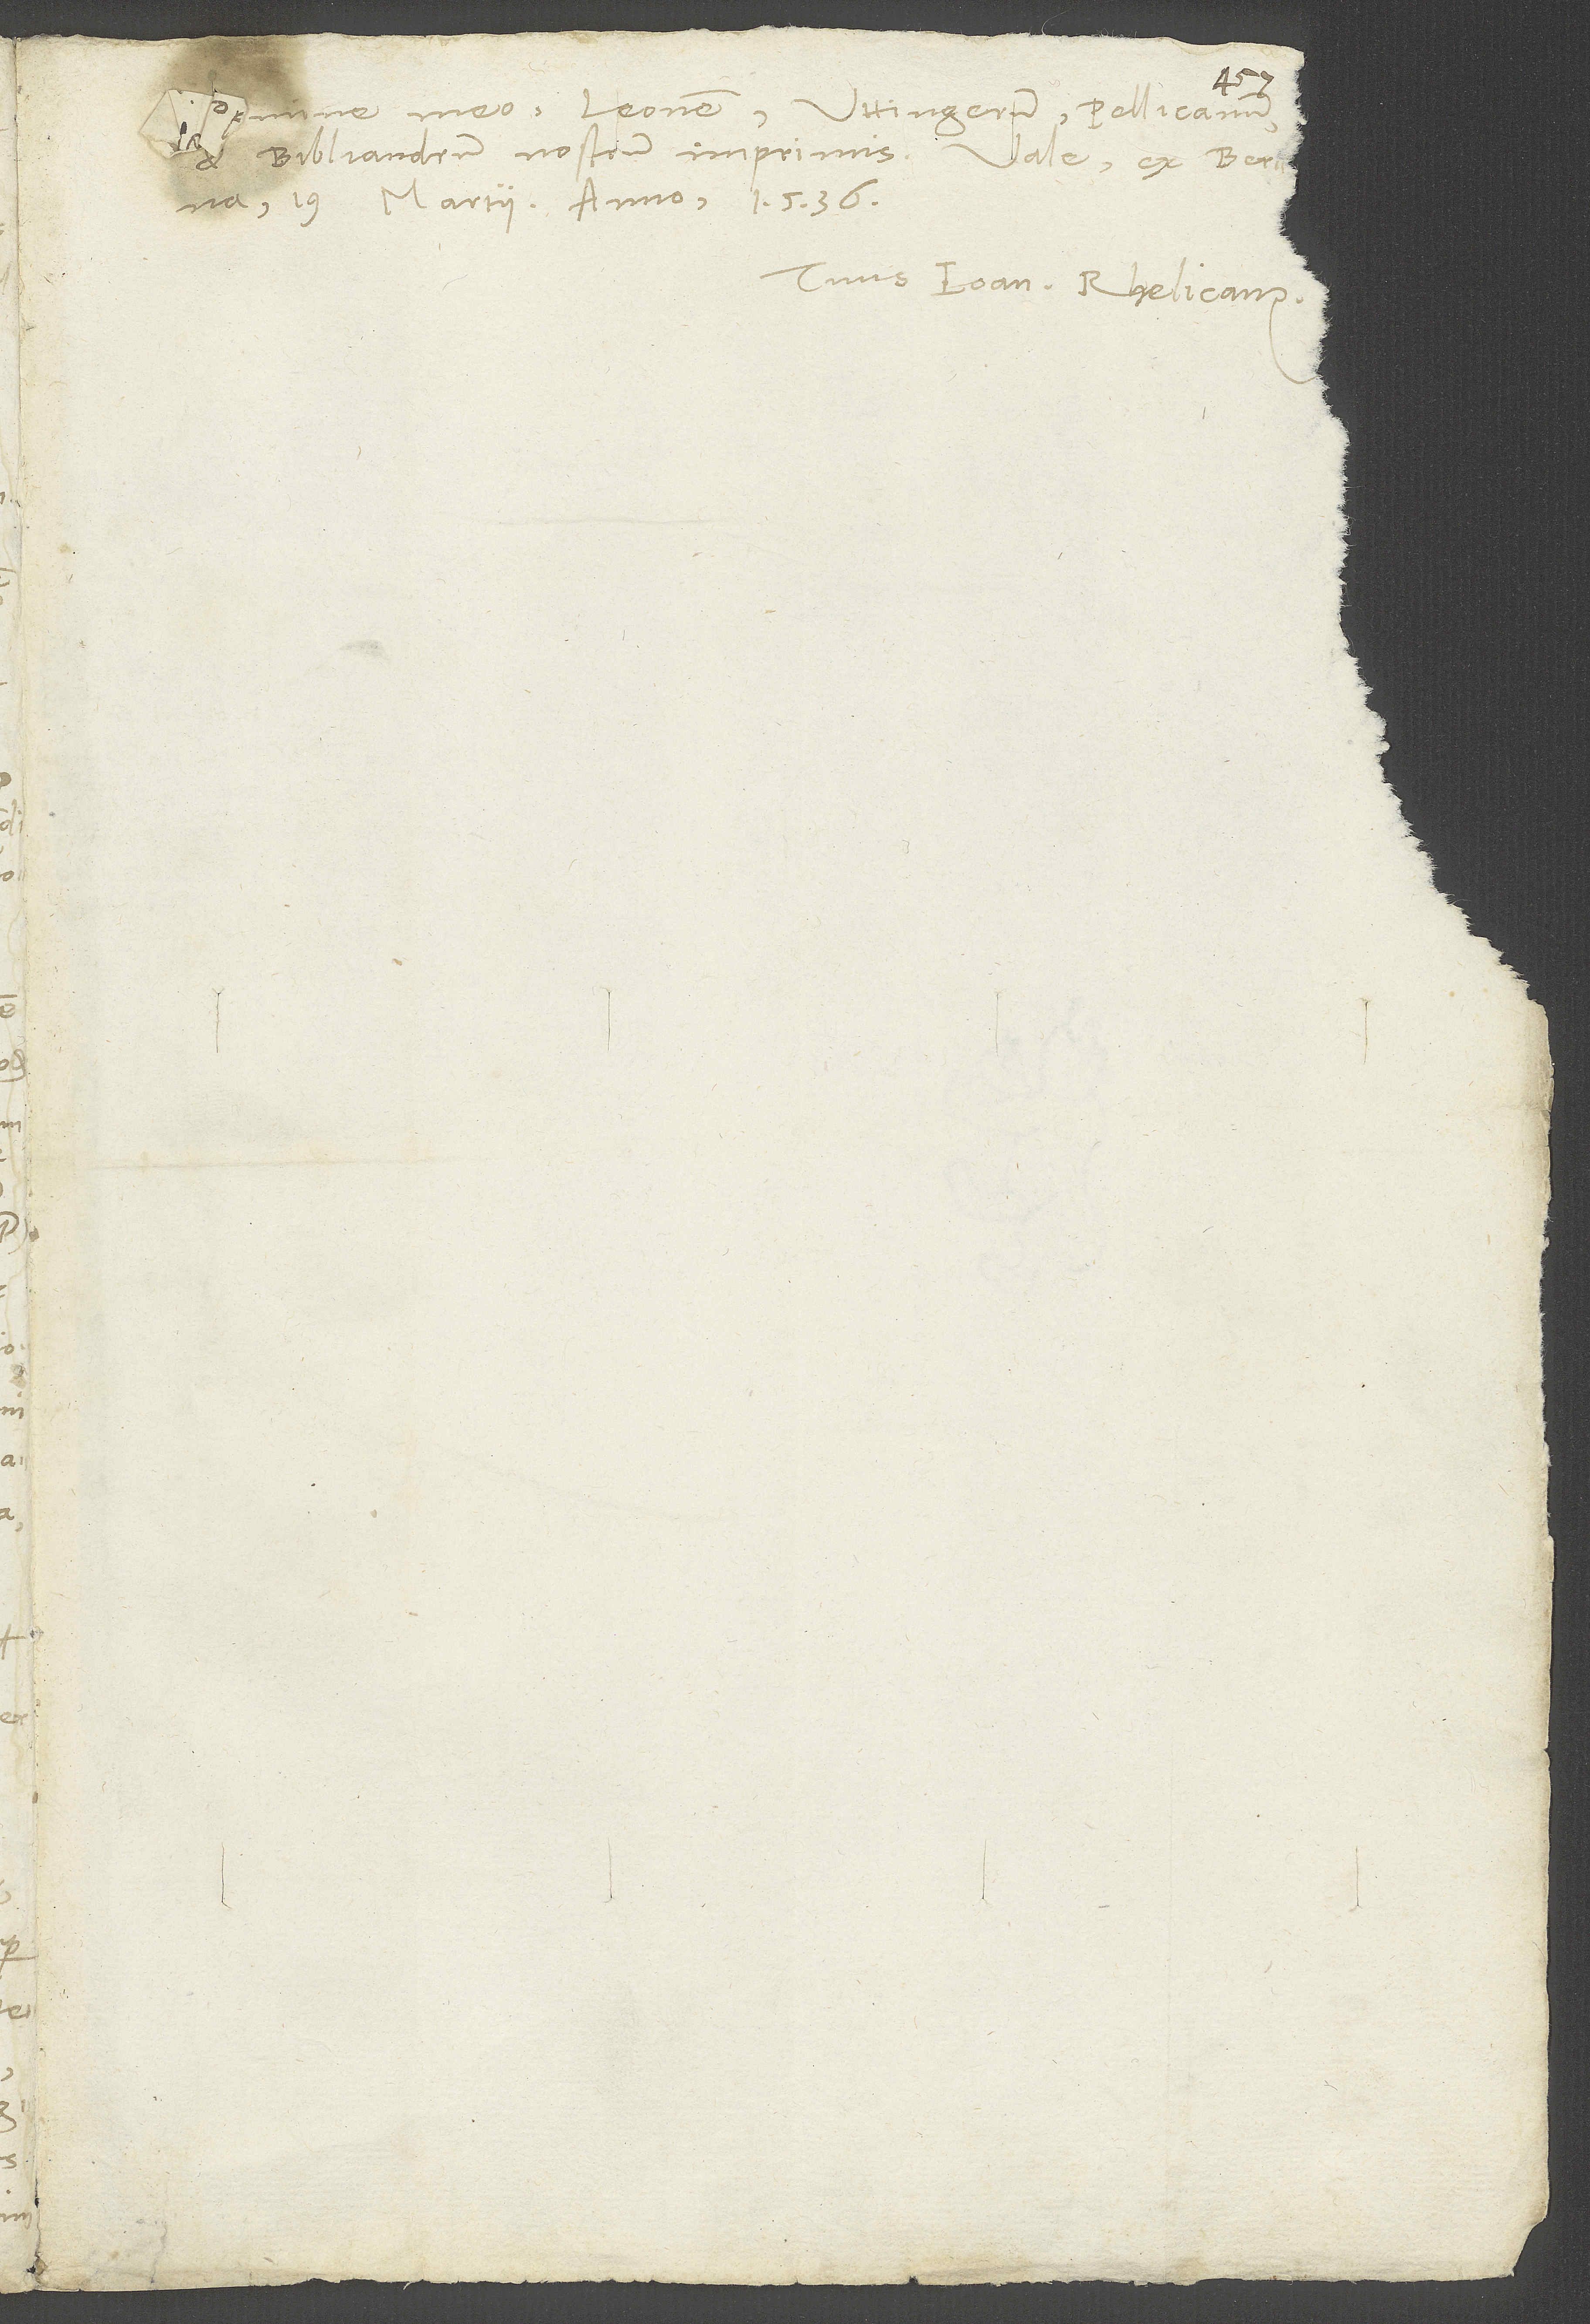
nomine meo Leonem, Uttingerum, Pellicanum
et Bibliandrum nostrum imprimis. Vale. Ex Berna,
19. martii anno 1536.
Tuus Ioan. Rhelicanus.